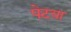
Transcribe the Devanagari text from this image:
पेटय़ा